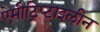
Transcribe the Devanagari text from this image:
ऐमीट्रिप्टाइलीन